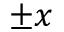
\pm x